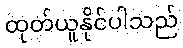
ထုတ်ယူနိုင်ပါသည်